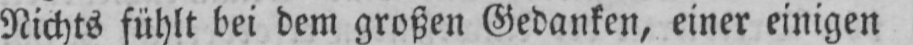
Nichts fühlt bei dem großen Gedanken, einer einigen